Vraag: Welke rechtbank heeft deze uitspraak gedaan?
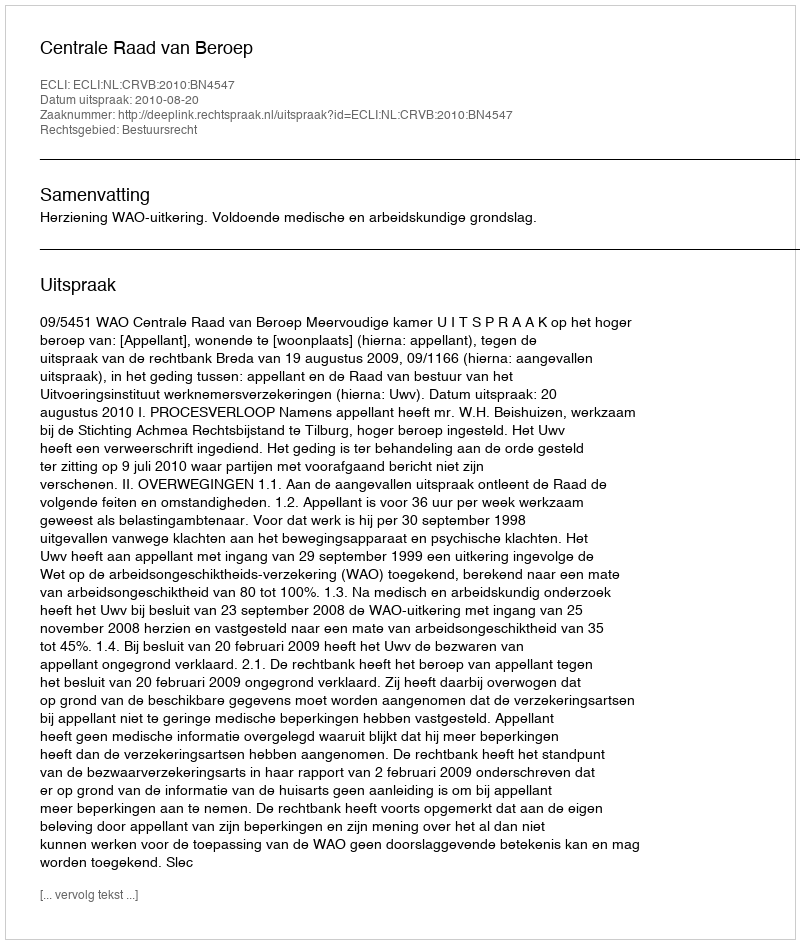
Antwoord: Centrale Raad van Beroep